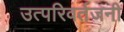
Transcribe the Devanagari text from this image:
उत्परिवर्तजनी